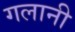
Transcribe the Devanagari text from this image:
गलानी